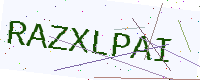
Text: RAZXLPAI